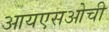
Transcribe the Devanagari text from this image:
आयएसओची